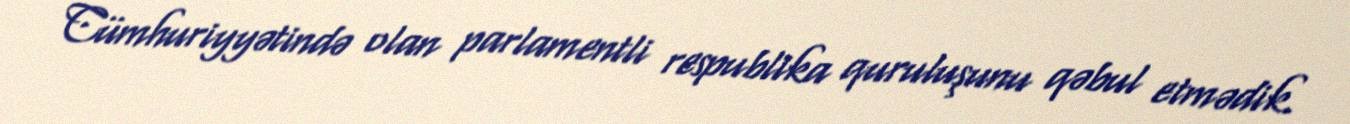
Cümhuriyyətində olan parlamentli respublika quruluşunu qəbul etmədik.